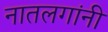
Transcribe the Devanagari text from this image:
नातलगांनी